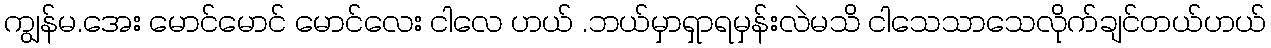
ကျွန်မ.အေး မောင်မောင် မောင်လေး ငါလေ ဟယ် .ဘယ်မှာရှာရမှန်းလဲမသိ ငါသေသာသေလိုက်ချင်တယ်ဟယ်